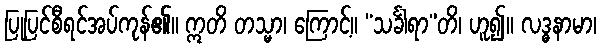
ပြုပြင်စီရင်အပ်ကုန်၏။ ဣတိ တသ္မာ၊ ကြောင့်။ “သင်္ခါရာ”တိ၊ ဟူ၍။ လဒ္ဓနာမာ၊